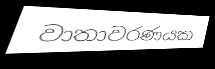
වාතාවරණයක